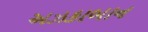
અઝકાબાન